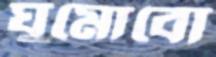
ঘুমোবো